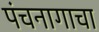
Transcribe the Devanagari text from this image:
पंचनागाचा